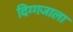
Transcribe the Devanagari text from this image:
दिग्गजाला